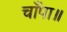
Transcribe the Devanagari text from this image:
चाँपा॥